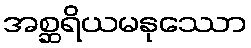
အစ္ဆရိယမနုဿော